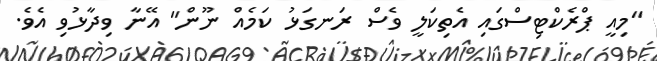
"މިއީ ޕްރެކްޓިސްގައި އެތިކަލީ ވެސް ރަނގަޅު ކަމެއް ނޫން" އޭނާ ވިދާޅުވި އެވެ.